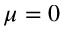
\mu = 0